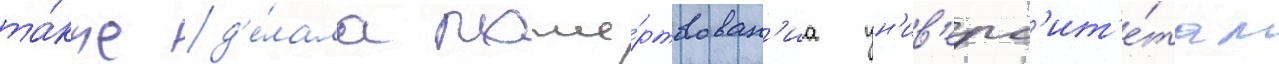
та́кже д'е́лала поже́ртвован'иа ун'ив'ерс'ит'е́там